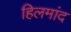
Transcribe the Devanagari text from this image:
हिलमांद